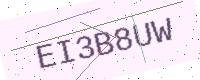
Text: EI3B8UW